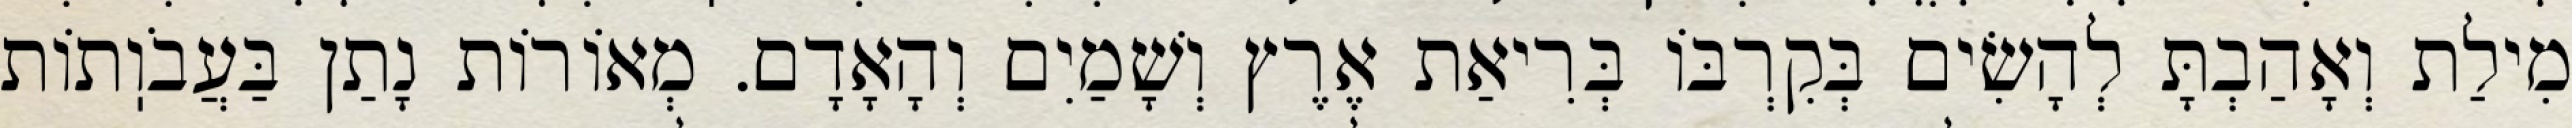
מִילַת וְאָהַבְתָּ לְהָשִׂים בְּקִרְבּוֹ בְּרִיאַת אֶרֶץ וְשָׁמַיִם וְהָאָדָם. מְאוֹרוֹת נָתַן בַּעֲבֹוֽתוֹת